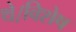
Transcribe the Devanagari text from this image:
थे।विशेष